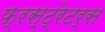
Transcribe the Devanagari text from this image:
फ्रस्ट्रेटर्स